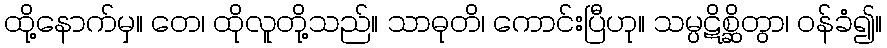
ထို့နောက်မှ။ တေ၊ ထိုလူတို့သည်။ သာဓုတိ၊ ကောင်းပြီဟု။ သမ္ပဋိစ္ဆိတွာ၊ ဝန်ခံ၍။